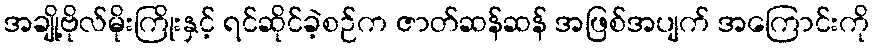
အချို့ဗိုလ်မိုးကြိုးနှင့် ရင်ဆိုင်ခဲ့စဉ်က ဇာတ်ဆန်ဆန် အဖြစ်အပျက် အကြောင်းကို